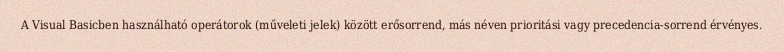
A Visual Basicben használható operátorok (műveleti jelek) között erősorrend, más néven prioritási vagy precedencia-sorrend érvényes.